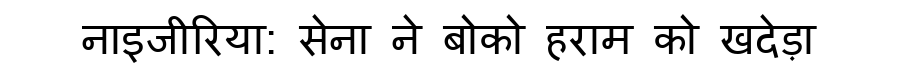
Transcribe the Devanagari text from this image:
नाइजीरिया: सेना ने बोको हराम को खदेड़ा